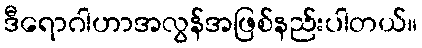
ဒီရောဂါဟာအလွန်အဖြစ်နည်းပါတယ်။